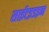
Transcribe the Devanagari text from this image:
साईटइडइन